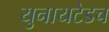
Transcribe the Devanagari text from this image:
युनायटेडच